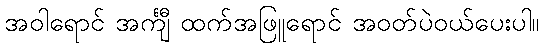
အဝါရောင် အင်္ကျီ ထက်အဖြူရောင် အဝတ်ပဲဝယ်ပေးပါ။